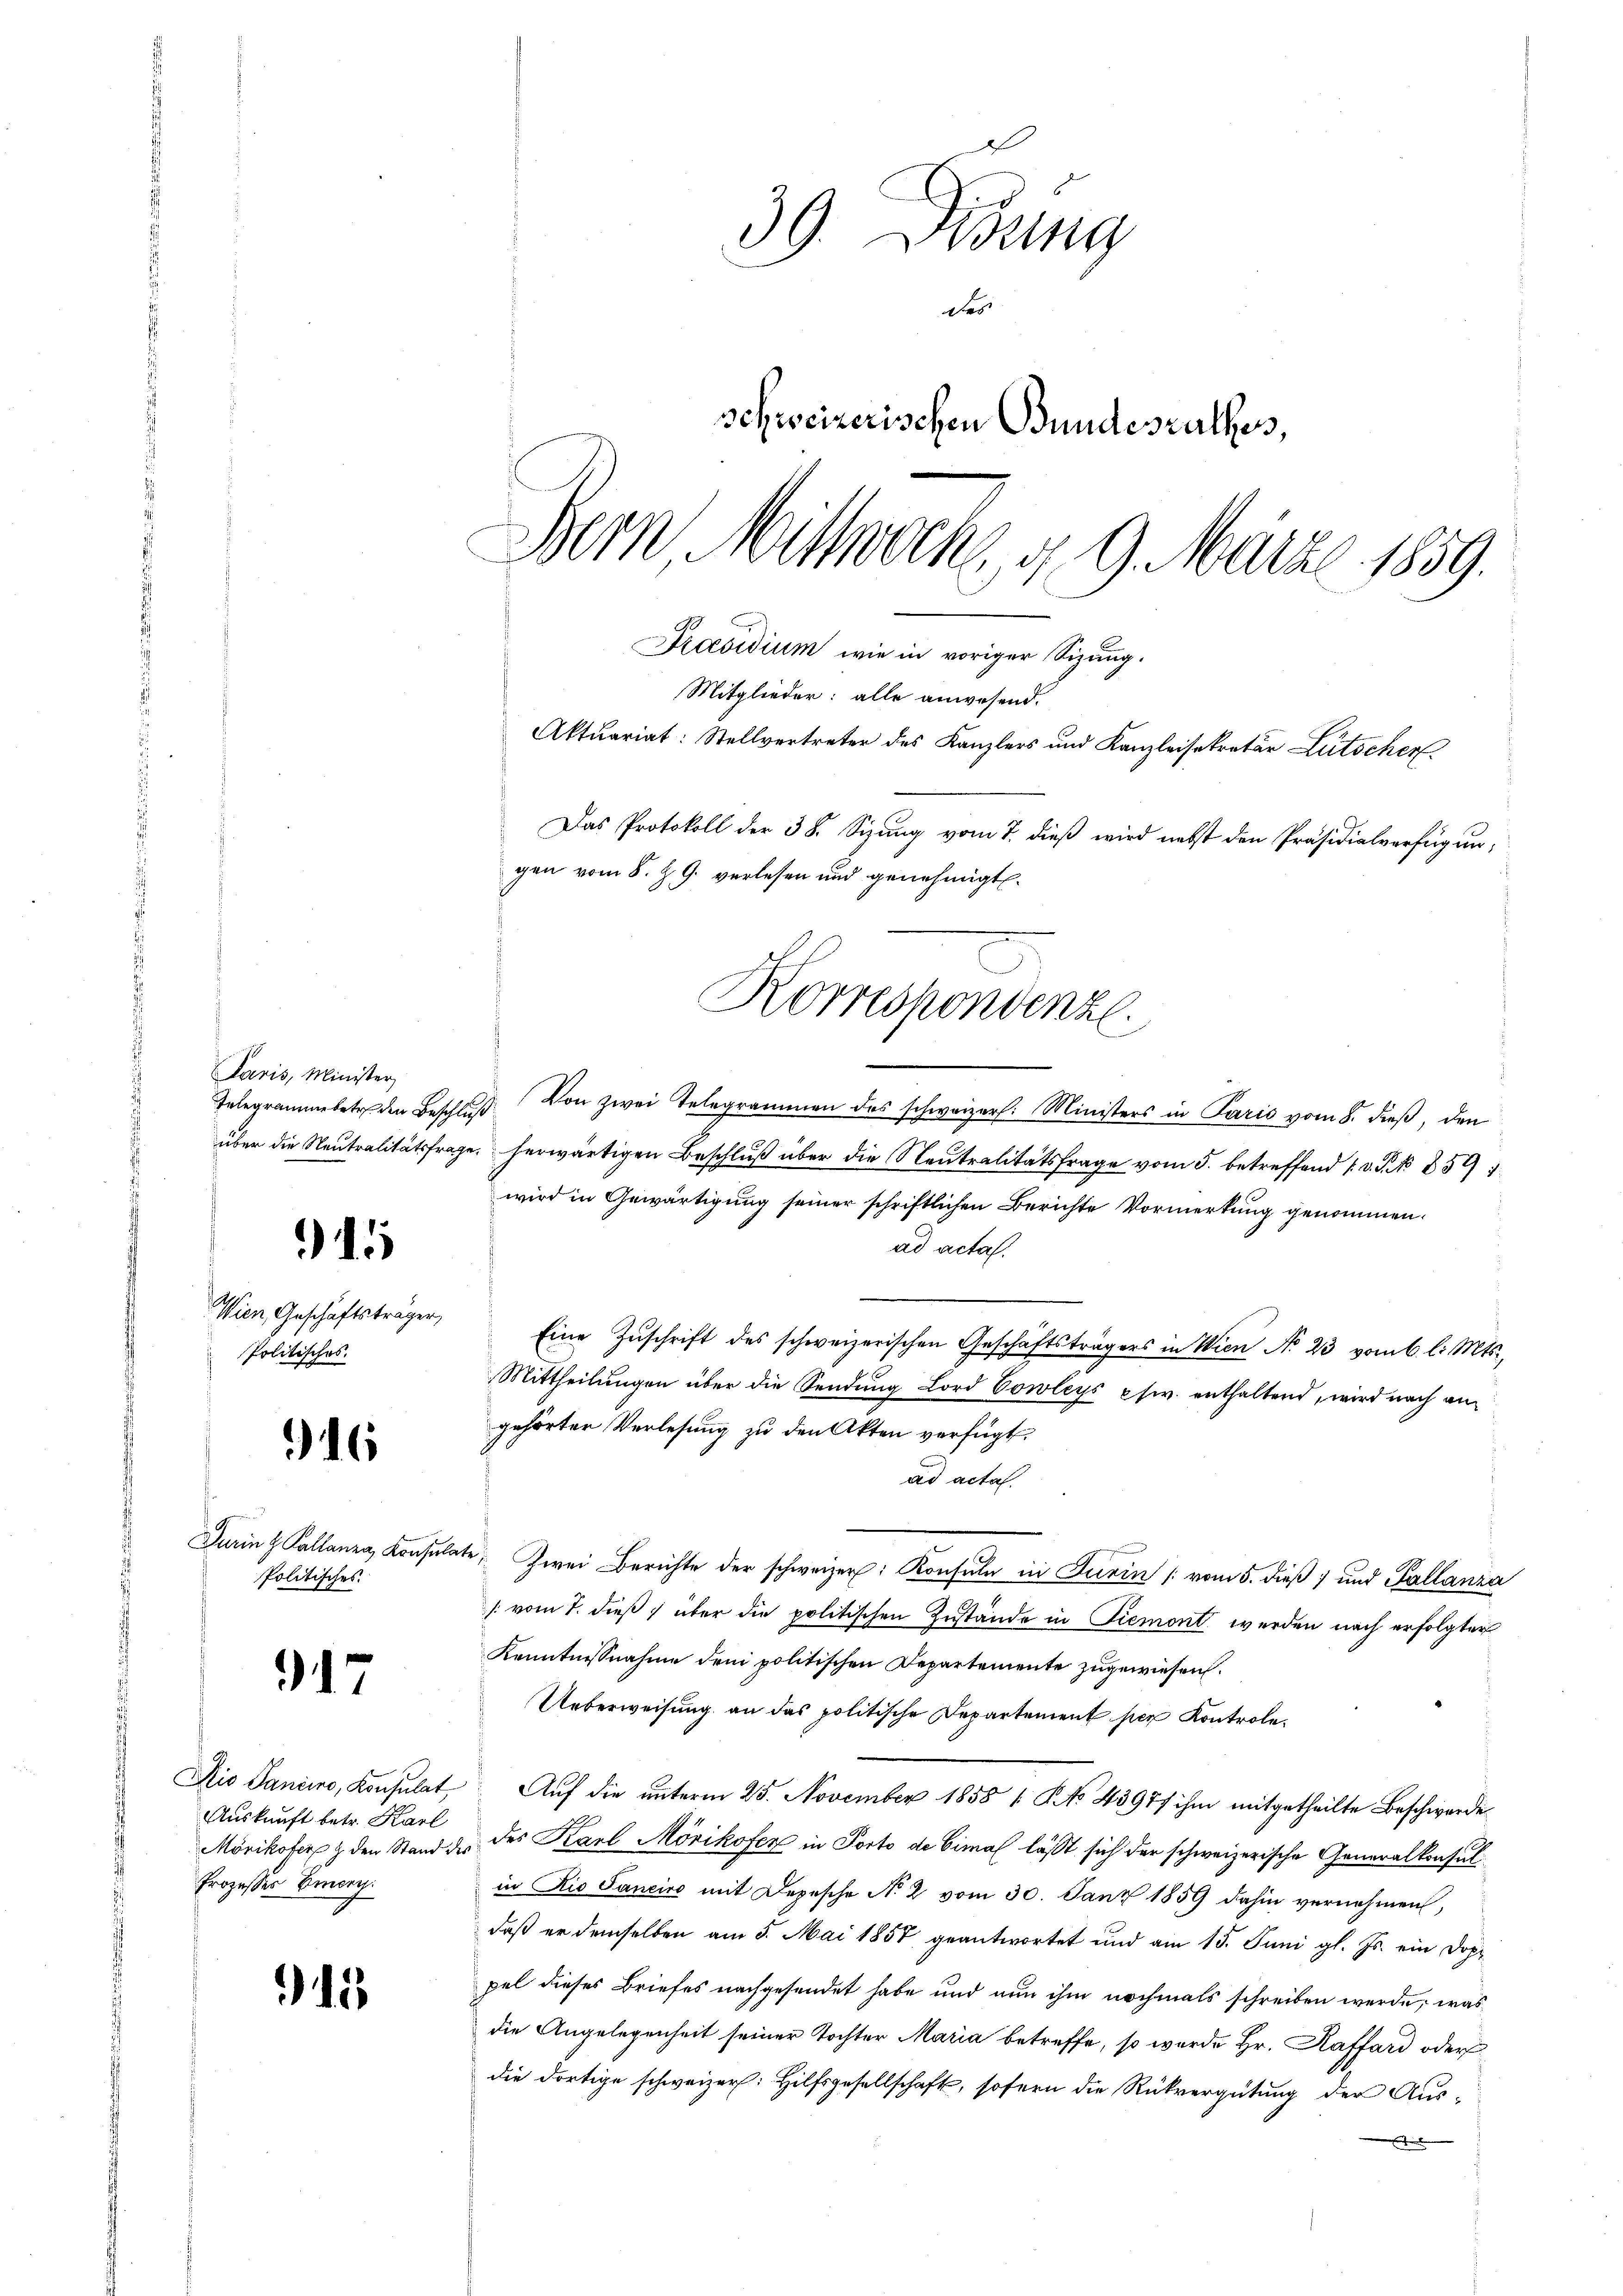
15

Wien Geschäftsträger,
Politisches.

16

Politisches

917

Auskunft betr. Karl
Prozesses Emory.

15

39. Diezing
d
schweizerischen Bundesrathes,
Bern Mittwoch, d. 9. März 1859.

Paris, Minister

Praesidium wie in voriger Sizung.
Mitglieder: alle anwesend.
Aktuariat: Stellvertreter des Kanzlers und Kanzleisekretär Lütscher
Das Protokoll der 38. Sizung vom 7. dieß wird nebst den Präsidialverfügungen vom 8. Z. G. verlesen und genehmigt.
Korrespondenzl.

gelegrammbetr. den Beschlŭβ von zwei Telegrammen des schweizer. Ministers in Paris vom 8. dieβ, den
über die Neutralitätsfrage, herwärtigen Beschluß über die Neutralitätsfrage vom 5. betreffend / V. P. No 859
wird in Gewärtigung seiner schriftlichen Berichte Vormerkung genommen.
ad acta.
" Eine Zŭschrift des schweizerischen Geschäftsträgers in Wien No 23 vom 6. l. Mts.,
Mittheilungen über die Sendung Lord Cowleys psw. enthaltend, wird nach angehörter Verlesung zu den Akten verfügt:
ad acta.
Turing Pallanze Konsulate, Zwei Berichte der schweizer. Konsuln in Turin (vom 5. dieß 1 und Pallanza
/ vom 7. dieß über die politischen Zustände in Piemont werden nach erfolgter
Kenntnissnahme dem politischen Departemente zugewiesen.
Ueberweisung an das politische Departement per Kontrole.
Aio Sancino, Konsulat Aŭf die ŭnterm 25. November 1858 1 § NNo. 4397/ ihm mitgetheilte Beschwerde
Mörikoter & den Stand der des Karl Mörikofer in Porto de Cimal läßt sich der schweizerische Generalkonsulin Rio Sancire mit Depesche No 2 vom 30. Janz 1859 dahin vernehmen,
daß er demselben am 5. Mai 1857 geantwortet und am 15. Juni gl. Js. ein Doppel dieses Briefes nachgesendet habe und nun ihm nochmals schreiben werde, was
die Angelegenheit seiner Tochter Maria betreffe, so wurde Hr. Raffard oder
die dortige schweizer: Hilfsgesellschaft, sofern die Rückvergütung der Aust